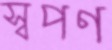
স্বপণ